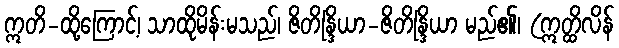
ဣတိ-ထို့ကြောင့်၊ သာထိုမိန်းမသည်၊ ဇိတိန္ဒြိယာ-ဇိတိန္ဒြိယာ မည်၏၊ (ဣတ္ထိလိန်